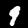
Label: 9